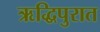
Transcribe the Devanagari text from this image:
ऋद्धिपुरात